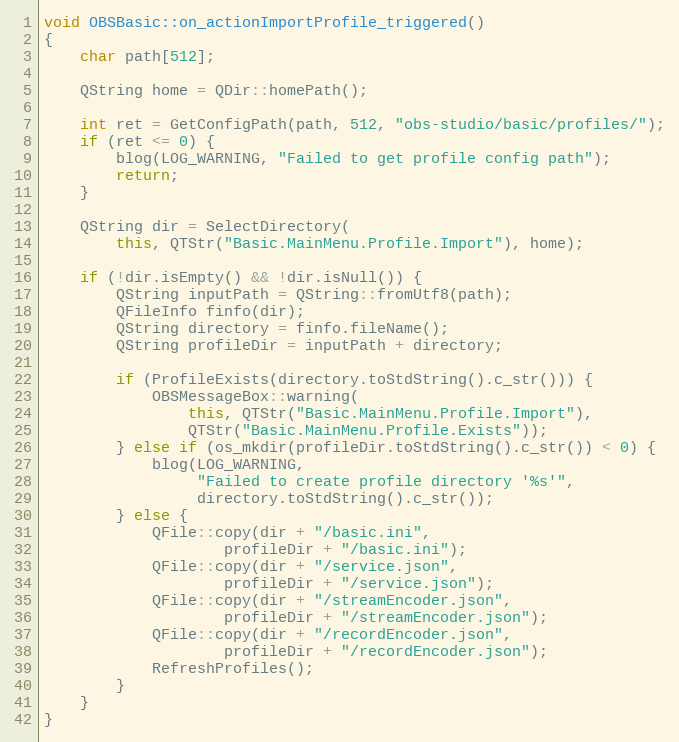
Language: C++
void OBSBasic::on_actionImportProfile_triggered()
{
	char path[512];

	QString home = QDir::homePath();

	int ret = GetConfigPath(path, 512, "obs-studio/basic/profiles/");
	if (ret <= 0) {
		blog(LOG_WARNING, "Failed to get profile config path");
		return;
	}

	QString dir = SelectDirectory(
		this, QTStr("Basic.MainMenu.Profile.Import"), home);

	if (!dir.isEmpty() && !dir.isNull()) {
		QString inputPath = QString::fromUtf8(path);
		QFileInfo finfo(dir);
		QString directory = finfo.fileName();
		QString profileDir = inputPath + directory;

		if (ProfileExists(directory.toStdString().c_str())) {
			OBSMessageBox::warning(
				this, QTStr("Basic.MainMenu.Profile.Import"),
				QTStr("Basic.MainMenu.Profile.Exists"));
		} else if (os_mkdir(profileDir.toStdString().c_str()) < 0) {
			blog(LOG_WARNING,
			     "Failed to create profile directory '%s'",
			     directory.toStdString().c_str());
		} else {
			QFile::copy(dir + "/basic.ini",
				    profileDir + "/basic.ini");
			QFile::copy(dir + "/service.json",
				    profileDir + "/service.json");
			QFile::copy(dir + "/streamEncoder.json",
				    profileDir + "/streamEncoder.json");
			QFile::copy(dir + "/recordEncoder.json",
				    profileDir + "/recordEncoder.json");
			RefreshProfiles();
		}
	}
}